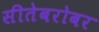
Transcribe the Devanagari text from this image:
सीतेबरोबर